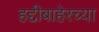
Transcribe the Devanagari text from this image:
हद्दीबाहेरच्या